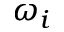
\omega _ { i }